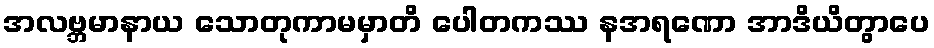
အလဗ္ဘမာနာယ သောတုကာမမှာတိ ပေါတကဿ နအရဏော အာဒိယိတွာပေ